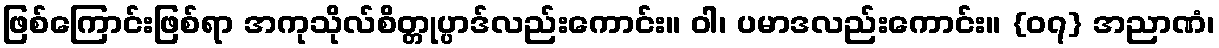
ဖြစ်ကြောင်းဖြစ်ရာ အကုသိုလ်စိတ္တုပ္ပာဒ်လည်းကောင်း။ ဝါ၊ ပမာဒလည်းကောင်း။ {၀၇} အညာဏံ၊